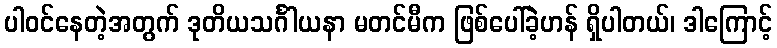
ပါဝင်နေတဲ့အတွက် ဒုတိယသင်္ဂါယနာ မတင်မီက ဖြစ်ပေါ်ခဲ့ဟန် ရှိပါတယ်၊ ဒါကြောင့်